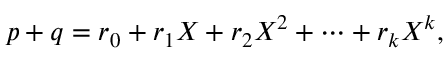
p + q = r _ { 0 } + r _ { 1 } X + r _ { 2 } X ^ { 2 } + \cdots + r _ { k } X ^ { k } ,